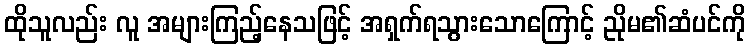
ထိုသူလည်း လူ အများကြည့်နေသဖြင့် အရှက်ရသွားသောကြောင့် ညိုမ၏ဆံပင်ကို